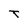
Character: T